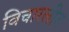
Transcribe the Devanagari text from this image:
विचारलीत